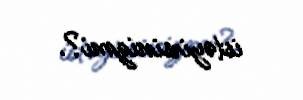
istəyirsinizmi?.